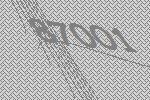
87001